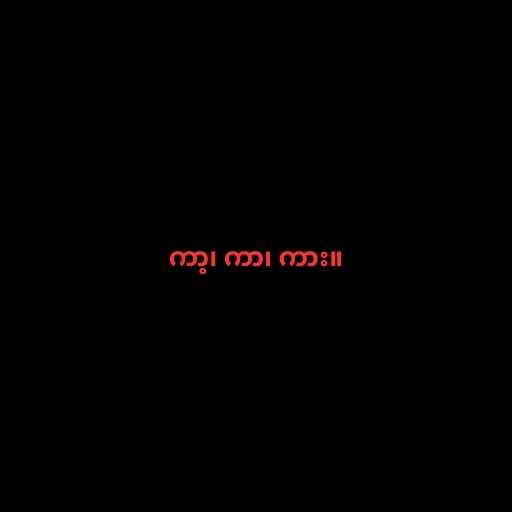
ကာ့၊ ကာ၊ ကား။